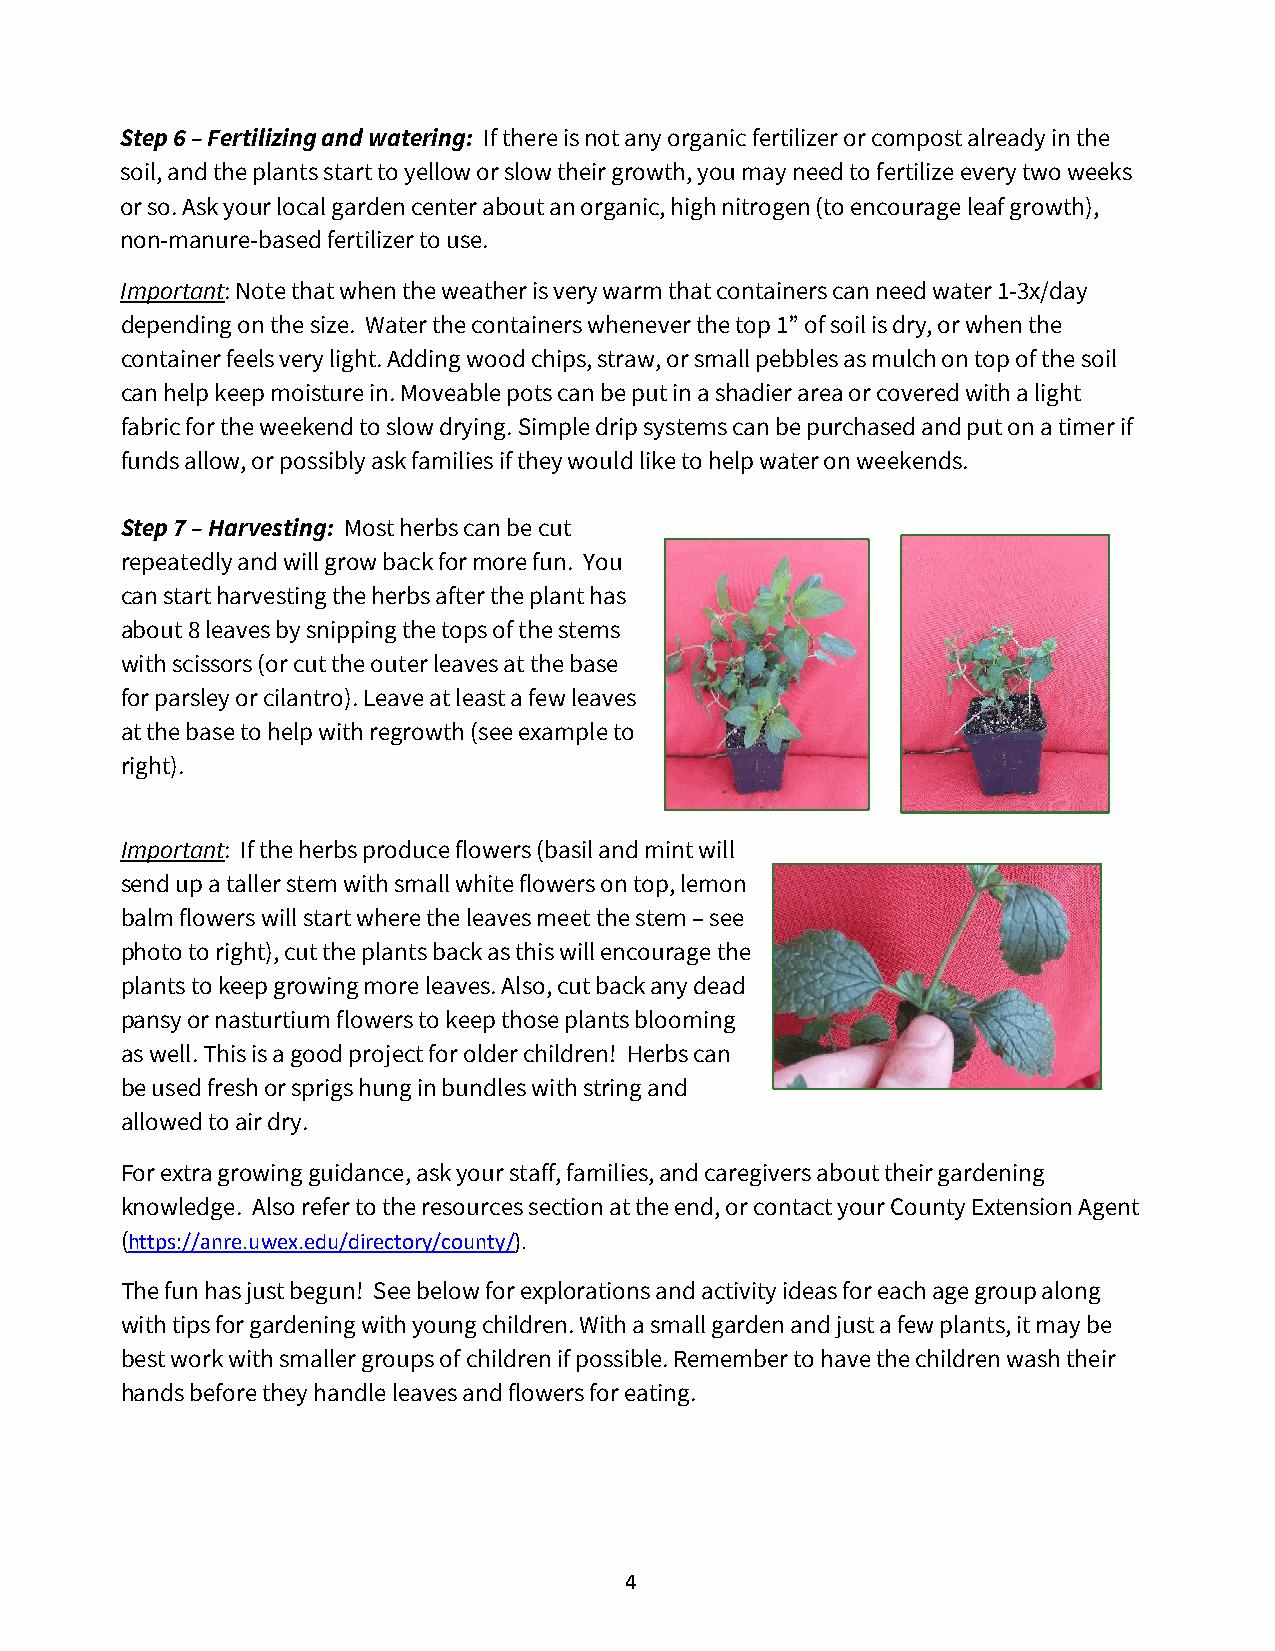
Step 6 – Fertilizing and watering: If there is not any organic fertilizer or compost already in the
 soil, and the plants start to yellow or slow their growth, you may need to fertilize every two weeks
 or so. Ask your local garden center about an organic, high nitrogen (to encourage leaf growth),
 non-manure-based fertilizer to use.
 Important: Note that when the weather is very warm that containers can need water 1-3x/day
 depending on the size. Water the containers whenever the top 1” of soil is dry, or when the
 container feels very light. Adding wood chips, straw, or small pebbles as mulch on top of the soil
 can help keep moisture in. Moveable pots can be put in a shadier area or covered with a light
 fabric for the weekend to slow drying. Simple drip systems can be purchased and put on a timer if
 funds allow, or possibly ask families if they would like to help water on weekends.
 Step 7 – Harvesting: Most herbs can be cut
 repeatedly and will grow back for more fun. You
 can start harvesting the herbs after the plant has
 about 8 leaves by snipping the tops of the stems
 with scissors (or cut the outer leaves at the base
 for parsley or cilantro). Leave at least a few leaves
 at the base to help with regrowth (see example to
 right).
 Important: If the herbs produce flowers (basil and mint will
 send up a taller stem with small white flowers on top, lemon
 balm flowers will start where the leaves meet the stem – see
 photo to right), cut the plants back as this will encourage the
 plants to keep growing more leaves. Also, cut back any dead
 pansy or nasturtium flowers to keep those plants blooming
 as well. This is a good project for older children! Herbs can
 be used fresh or sprigs hung in bundles with string and
 allowed to air dry.
 For extra growing guidance, ask your staff, families, and caregivers about their gardening
 knowledge. Also refer to the resources section at the end, or contact your County Extension Agent
 (https://anre.uwex.edu/directory/county/).
 The fun has just begun! See below for explorations and activity ideas for each age group along
 with tips for gardening with young children. With a small garden and just a few plants, it may be
 best work with smaller groups of children if possible. Remember to have the children wash their
 hands before they handle leaves and flowers for eating.
 4